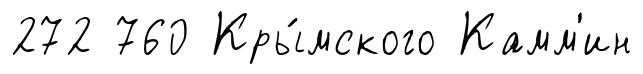
272 760 Кры́мского Камм'ин